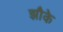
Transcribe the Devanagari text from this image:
झौके